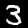
Digit: 3